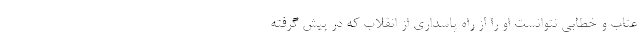
عتاب و خطابی نتوانست او را از راه پاسداری از انقلاب که در پیش گرفته